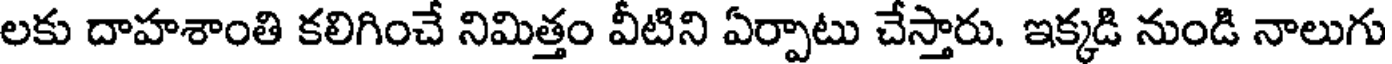
లకు దాహశాంతి కలిగించే నిమిత్తం వీటిని ఏర్పాటు చేస్తారు. ఇక్కడి నుండి నాలుగు